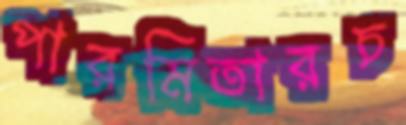
পারমিতারচ